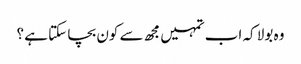
وہ بولا کہ اب تمہیں مجھ سے کون بچا سکتا ہے ؟